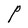
Character: P